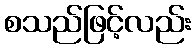
စသည်ဖြင့်လည်း